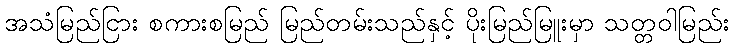
အသံမြည်ငြား စကားစမြည် မြည်တမ်းသည်နှင့် ပိုးမြည်မြူးမှာ သတ္တဝါမြည်း